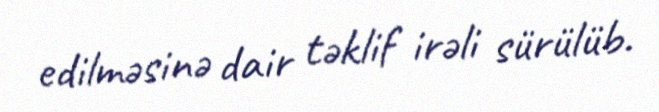
edilməsinə dair təklif irəli sürülüb.